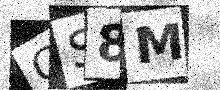
Text: CS8M